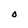
Character: O